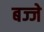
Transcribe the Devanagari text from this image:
बज्जे